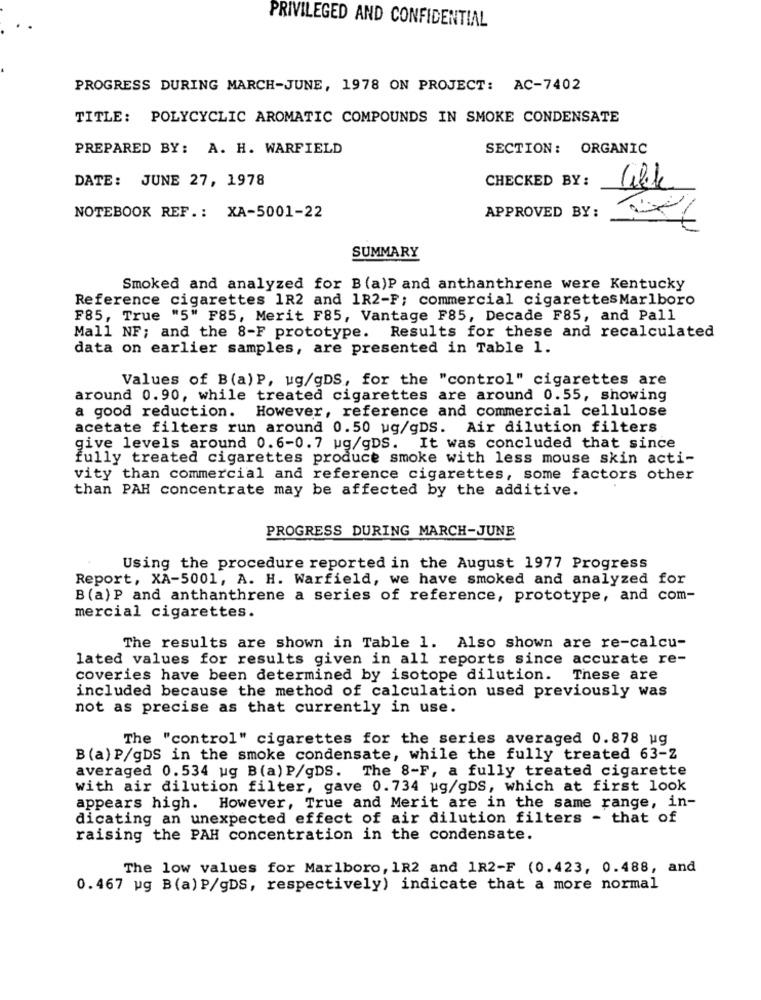
PRIVILEGED AND CONFIDENTIAL
PROGRESS DURING MARCH-JUNE, 1978 ON PROJECT: AC-7402
TITLE: POLYCYCLIC AROMATIC COMPOUNDS IN SMOKE CONDENSATE
PREPARED BY: A. H. WARFIELD
SECTION: ORGANIC
DATE: JUNE 27, 1978
CHECKED BY:
NOTEBOOK REF .: XA-5001-22
APPROVED BY :
SUMMARY
Smoked and analyzed for B (a)Pand anthanthrene were Kentucky
Reference cigarettes 1R2 and 1R2-F; commercial cigarettesMarlboro
F85, True "5" F85, Merit F85, Vantage F85, Decade F85, and Pall
Mall NF; and the 8-F prototype. Results for these and recalculated
data on earlier samples, are presented in Table 1.
Values of B(a) P, ug/gDS, for the "control" cigarettes are
around 0.90, while treated cigarettes are around 0.55, showing
a good reduction. However, reference and commercial cellulose
acetate filters run around 0.50 ug/gDS. Air dilution filters
give levels around 0.6-0.7 ug/gDS. It was concluded that since
fully treated cigarettes produce smoke with less mouse skin acti-
vity than commercial and reference cigarettes, some factors other
than PAH concentrate may be affected by the additive.
PROGRESS DURING MARCH-JUNE
Using the procedure reported in the August 1977 Progress
Report, XA-5001, A. H. Warfield, we have smoked and analyzed for
B (a)P and anthanthrene a series of reference, prototype, and com-
mercial cigarettes.
The results are shown in Table 1. Also shown are re-calcu-
lated values for results given in all reports since accurate re-
coveries have been determined by isotope dilution.
These are
included because the method of calculation used previously was
not as precise as that currently in use.
The "control" cigarettes for the series averaged 0.878 ug
B (a) P/gDS in the smoke condensate, while the fully treated 63-2
averaged 0.534 ug B(a) P/gDS. The 8-F, a fully treated cigarette
with air dilution filter, gave 0.734 ug/gDS, which at first look
appears high. However, True and Merit are in the same range, in-
dicating an unexpected effect of air dilution filters - that of
raising the PAH concentration in the condensate.
The low values for Marlboro, 1R2 and 1R2-F (0.423, 0.488, and
0.467 ug B(a) P/gDS, respectively) indicate that a more normal